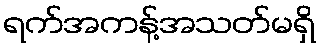
ရက်အကန့်အသတ်မရှိ